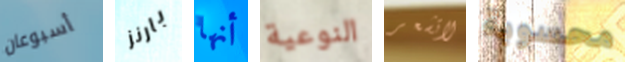
أسبوعان بارنز أنها النوعية لاتشعر محسوبة